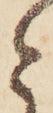
と